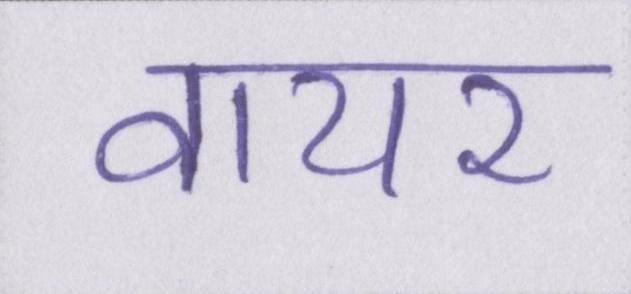
वायर